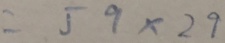
= 5 9 \times 2 9